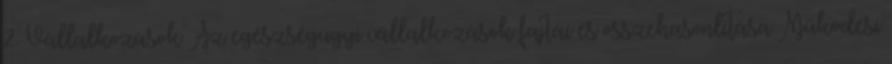
2. Vállalkozások Az egészségügyi vállalkozások fajtái és összehasonlítása Működési